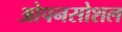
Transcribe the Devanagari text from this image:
ओपनसोशल